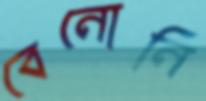
বেনোনি